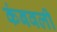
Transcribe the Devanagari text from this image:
कंबवली